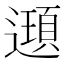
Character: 𨘀